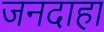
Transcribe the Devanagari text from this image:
जनदाहा